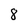
Character: 8